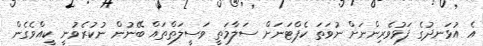
އެ އުޅަނދުގެ ފަޅުވެރިންނަށް ނުވަތަ ކެޕްޓަނަށް ސަލާމަތީ ވަސީލަތްތައް ބޭނުން ނުކުރެވުނީ ކީއްވެގެން